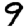
Digit: 9